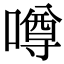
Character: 噂